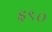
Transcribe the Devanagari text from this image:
इ९०